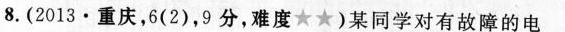
8.(2013·重庆，6(2)，9分，难度★★)某同学对有故障的电